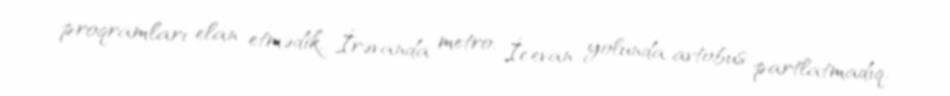
proqramları elan etmədik, İrəvanda metro, İcevan yolunda avtobus partlatmadıq.